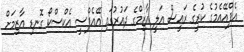
އެފްއޭއެމުގެ ކުރީގެ ރައީސް އަލީ އާޒިމްގެ ދައުރުގައި އޭއެފްސީ އެކްސްކޯ ގޮނޑި އާޒިމަށް